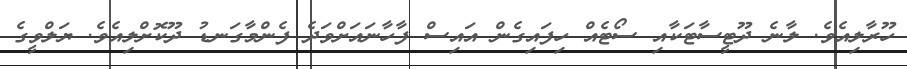
ހޫރާލިއެވެ. ލާނެ ދޫޓީސާޓަކާއި ސޯޓެއް ހިފައިގެން އައިސް ފާހާނައަށްވަދެ ފެންމާގަނޑު ދޫކޮޮށްލިއެވެ. ޔަލްވީގެ